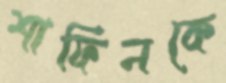
শাফিনকে